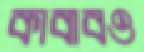
কাবাবও